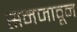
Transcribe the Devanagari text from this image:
सनजावून